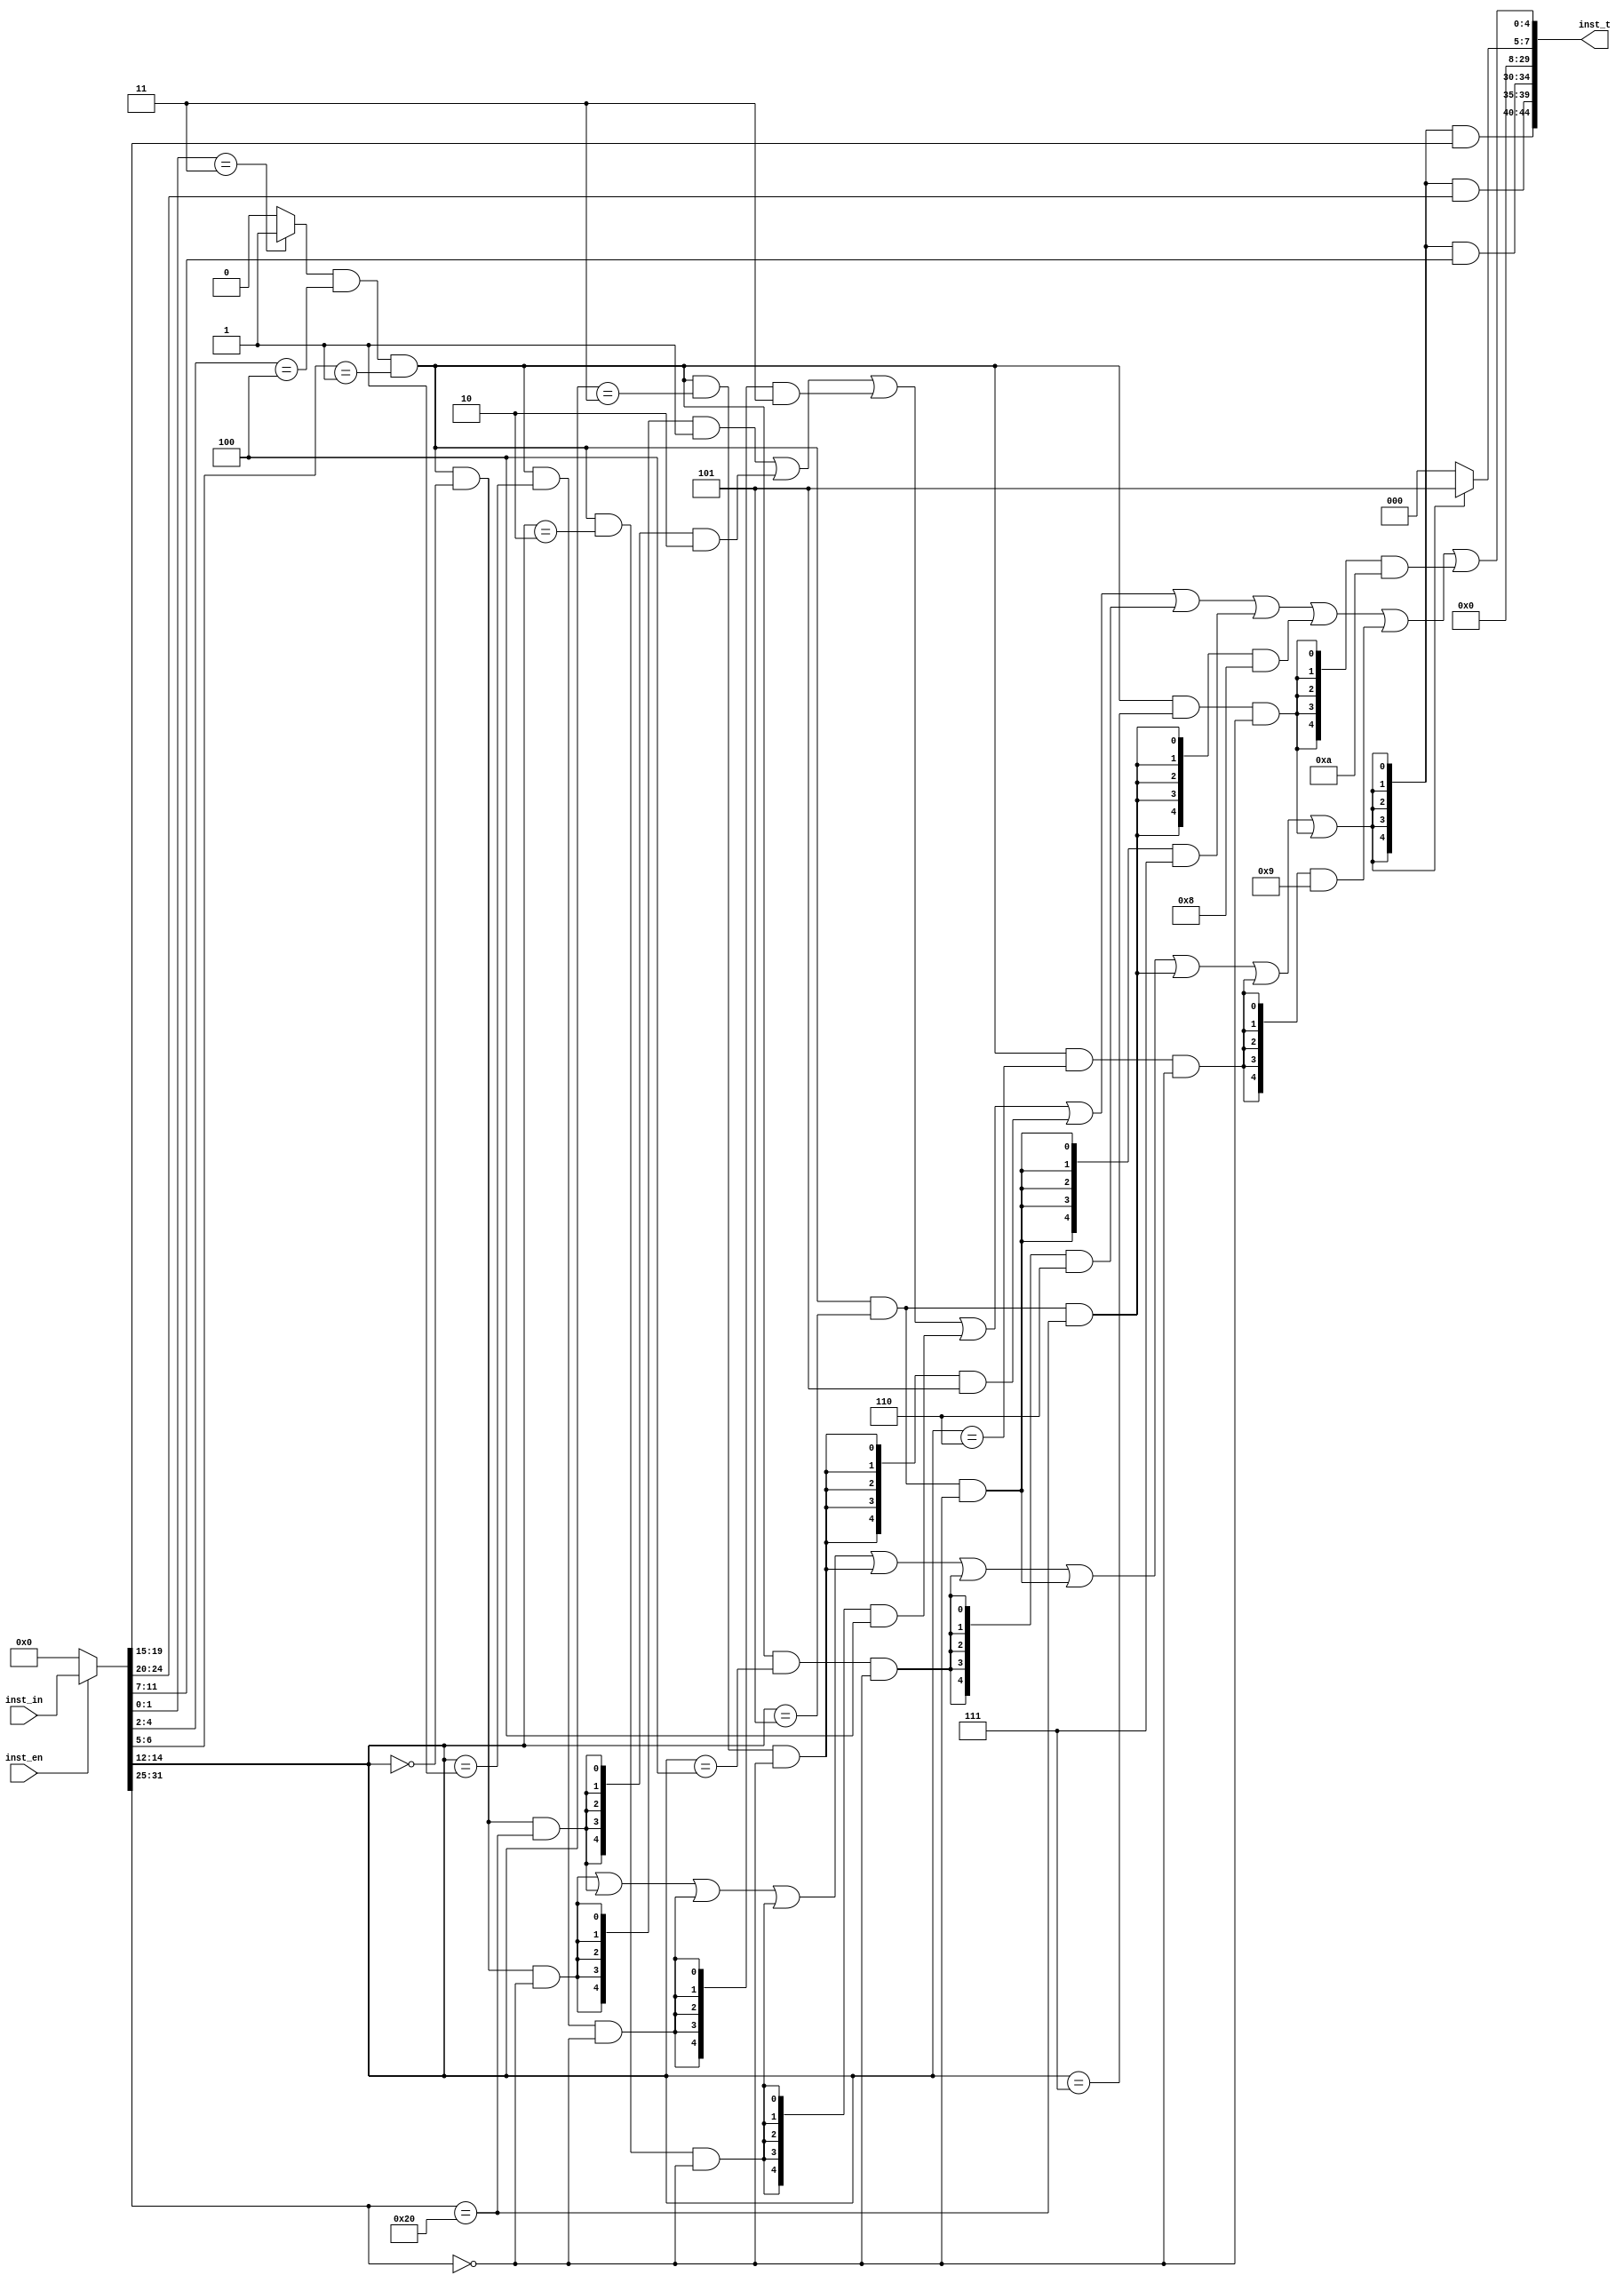
module dec (
input [31:0] inst_in,
input inst_en,

output [44:0]inst_t
);

  wire [31:0] inst=(inst_en==1)?inst_in:0;
  wire [4:0]rs1_rdix;
  wire [4:0]rs2_rdix;
  wire [4:0]rd_rdix;
  
  wire [19:0]imm;
  wire [9:0]opcode;// 5bit type 5bit opcode
  
  wire rv64=(inst[1:0]==2'b11)?1'b1:1'b0;

  /////////////////////////////////////////////////////////////////
  wire [6:0]  ropcode = inst[6:0];
  
  wire opcode_4_2_000 = (ropcode[4:2] == 3'b000);
  wire opcode_4_2_001 = (ropcode[4:2] == 3'b001);
  wire opcode_4_2_010 = (ropcode[4:2] == 3'b010);
  wire opcode_4_2_011 = (ropcode[4:2] == 3'b011);
  wire opcode_4_2_100 = (ropcode[4:2] == 3'b100);
  wire opcode_4_2_101 = (ropcode[4:2] == 3'b101);
  wire opcode_4_2_110 = (ropcode[4:2] == 3'b110);
  wire opcode_4_2_111 = (ropcode[4:2] == 3'b111);
  wire opcode_6_5_00  = (ropcode[6:5] == 2'b00);
  wire opcode_6_5_01  = (ropcode[6:5] == 2'b01);
  wire opcode_6_5_10  = (ropcode[6:5] == 2'b10);
  wire opcode_6_5_11  = (ropcode[6:5] == 2'b11);
  
  /////////////////////////////////////////////////////////////////
  wire [2:0]  func3  = inst[14:12];
  
  wire func3_000 = (func3 == 3'b000);
  wire func3_001 = (func3 == 3'b001);
  wire func3_010 = (func3 == 3'b010);
  wire func3_011 = (func3 == 3'b011);
  wire func3_100 = (func3 == 3'b100);
  wire func3_101 = (func3 == 3'b101);
  wire func3_110 = (func3 == 3'b110);
  wire func3_111 = (func3 == 3'b111);
  
  /////////////////////////////////////////////////////////////////
  wire [6:0]  func7  = inst[31:25];
  
  wire func7_0000000 = (func7 == 7'b0000000);
  wire func7_0100000 = (func7 == 7'b0100000);
  
  ////////////////////////////////////////////////////////////////
  
  
  wire add = rv64 & opcode_4_2_100 & opcode_6_5_01 & func3_000 & func7_0000000;
  wire sub = rv64 & opcode_4_2_100 & opcode_6_5_01 & func3_000 & func7_0100000;
  wire sll = rv64 & opcode_4_2_100 & opcode_6_5_01 & func3_001 & func7_0000000;
  wire slt = rv64 & opcode_4_2_100 & opcode_6_5_01 & func3_010 & func7_0000000;
  wire sltu=rv64 & opcode_4_2_100 & opcode_6_5_01 & func3_011 & func7_0000000;
  wire rxor=rv64 & opcode_4_2_100 & opcode_6_5_01 & func3_100 & func7_0000000;
  wire srl =rv64 & opcode_4_2_100 & opcode_6_5_01 & func3_101 & func7_0000000;
  wire sra =rv64 & opcode_4_2_100 & opcode_6_5_01 & func3_101 & func7_0100000;
  wire ror =rv64 & opcode_4_2_100 & opcode_6_5_01 & func3_110 & func7_0000000;
  wire rand=rv64 & opcode_4_2_100 & opcode_6_5_01 & func3_111 & func7_0000000;
  
  
  wire type5=add 
             |sub 
             |sll 
             |slt 
             |sltu
             |rxor
             |srl 
             |sra 
             |ror 
             |rand;
  
  
  assign opcode[9:5]= (type5==1)?5:0;
  
  assign opcode[4:0]=
  ({5{add }}&1 )|
  ({5{sub }}&2 )|
  ({5{sll }}&3 )|
  ({5{slt }}&4 )|
  ({5{sltu}}&5 )|
  ({5{rxor}}&6 )|
  ({5{srl }}&7 )|
  ({5{sra }}&8 )|
  ({5{ror }}&9 )|
  ({5{rand}}&10);

  wire [4:0]rs1=inst[19:15];
  wire [4:0]rs2=inst[24:20];
  wire [4:0]rd =inst[11:7] ;
  
  assign rs1_rdix={5{type5}}& rs1;
  assign rs2_rdix={5{type5}}& rs2;
  assign rd_rdix ={5{type5}}& rd ;
  
  assign imm=0;

  assign inst_t={
  rs1_rdix,
  rs2_rdix,
  rd_rdix,
  imm,
  opcode
  };


endmodule